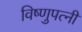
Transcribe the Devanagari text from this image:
विष्णुपत्नी